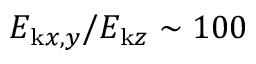
E _ { \mathrm { k } x , y } / E _ { \mathrm { k } z } \sim 1 0 0